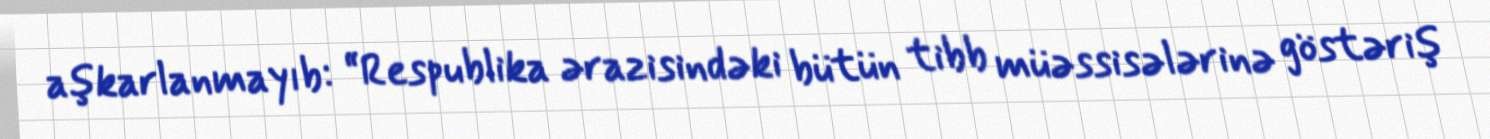
aşkarlanmayıb: “Respublika ərazisindəki bütün tibb müəssisələrinə göstəriş